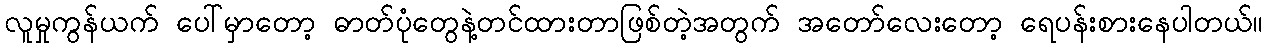
လူမှုကွန်ယက် ပေါ်မှာတော့ ဓာတ်ပုံတွေနဲ့တင်ထားတာဖြစ်တဲ့အတွက် အတော်လေးတော့ ရေပန်းစားနေပါတယ်။